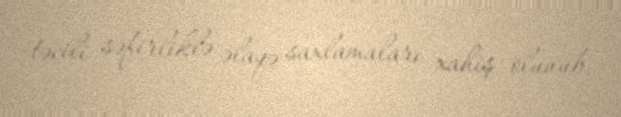
təcili səfirliklə əlaqə saxlamaları xahiş olunub.